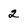
Character: 2